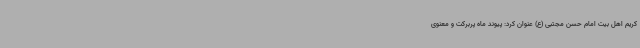
کریم اهل بیت امام حسن مجتبی (ع) عنوان کرد: پیوند ماه پربرکت و معنوی